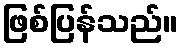
ဖြစ်ပြန်သည်။